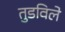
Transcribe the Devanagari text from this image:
तुडविले